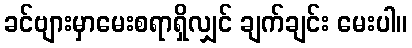
ခင်ဗျားမှာမေးစရာရှိလျှင် ချက်ချင်း မေးပါ။